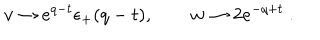
v \to e ^ { q - t } \epsilon _ { + } ( q - t ) , \qquad w \to 2 e ^ { - q + t } \ .